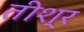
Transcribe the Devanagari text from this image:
तीश्र